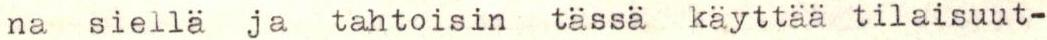
na siellä ja tahtoisin tässä käyttää tilaisuut-